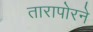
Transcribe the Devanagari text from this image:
तारापोरने